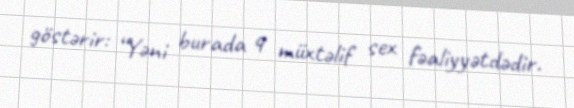
göstərir: “Yəni burada 4 müxtəlif sex fəaliyyətdədir.